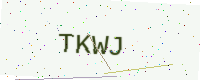
Text: TKWJ